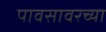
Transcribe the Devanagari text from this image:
पावसावरच्या